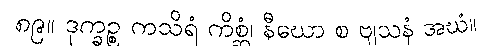
၈၉။ ဒုက္ခဉ္စ ကသိရံ ကိစ္ဆံ၊ နီဃော စ ဗျသနံ အဃံ။